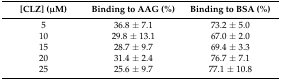
<table><thead><tr><td><b>[CLZ] (μM)</b></td><td><b>Binding to AAG (%)</b></td><td><b>Binding to BSA (%)</b></td></tr></thead><tbody><tr><td>5</td><td>36.8 ± 7.1</td><td>73.2 ± 5.0</td></tr><tr><td>10</td><td>29.8 ± 13.1</td><td>67.0 ± 2.0</td></tr><tr><td>15</td><td>28.7 ± 9.7</td><td>69.4 ± 3.3</td></tr><tr><td>20</td><td>31.4 ± 2.4</td><td>76.7 ± 7.1</td></tr><tr><td>25</td><td>25.6 ± 9.7</td><td>77.1 ± 10.8</td></tr></tbody></table>